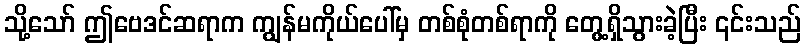
သို့သော် ဤဗေဒင်ဆရာက ကျွန်မကိုယ်ပေါ်မှ တစ်စုံတစ်ရာကို တွေ့ရှိသွားခဲ့ပြီး ၎င်းသည်